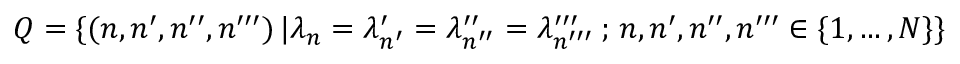
Q = \{ ( n , n ^ { \prime } , n ^ { \prime \prime } , n ^ { \prime \prime \prime } ) \, | \lambda _ { n } = \lambda _ { n ^ { \prime } } ^ { \prime } = \lambda _ { n ^ { \prime \prime } } ^ { \prime \prime } = \lambda _ { n ^ { \prime \prime \prime } } ^ { \prime \prime \prime } \, ; \, n , n ^ { \prime } , n ^ { \prime \prime } , n ^ { \prime \prime \prime } \in \{ 1 , \ldots , N \} \}